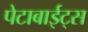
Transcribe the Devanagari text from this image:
पेटाबाईट्स